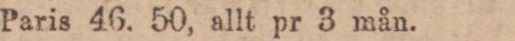
Paris 46. 50, allt pr 3 mån.